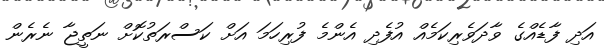
އަދި ފާޑެއްގެ ވާދަވެރިކަމެއް އުފެދި އެންމެ ފުރިހަމަ އަށް ކަސްރަތުކޮށް ނަތީޖާ ނެރެން